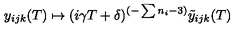
y _ { i j k } ( T ) \mapsto ( i \gamma T + \delta ) ^ { ( - \sum n _ { i } - 3 ) } \tilde { y } _ { i j k } ( T )